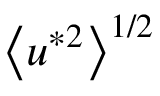
\left< u ^ { * 2 } \right> ^ { 1 / 2 }